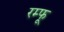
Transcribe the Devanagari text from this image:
रम्फू